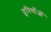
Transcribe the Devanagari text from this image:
दुनियाँओं